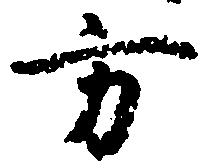
方